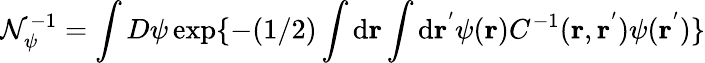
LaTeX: \mathcal{N}_{\psi}^{-1}=\int D\psi\exp\{ -(1/2)\int\mathrm{d}\mathbf{r}\int\mathrm{d}\mathbf{r^{'}}\psi(\mathbf{r})C^{-1}(\mathbf{r},\mathbf{r^{'}})\psi(\mathbf{r^{'}})\}